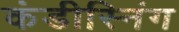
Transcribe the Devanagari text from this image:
कंडीस्निंग